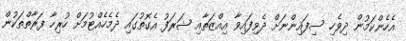
އެހެންކަމުން ދިވެހި ސިފައިންނަށް ދެވިފައިވާ އިއްޒަތާއި ޝަރަފު އެގޮތުގައި ދެމެހެއްޓުމަށް ހުރިހާ ފަރާތްތަކުން